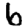
Digit: 6